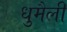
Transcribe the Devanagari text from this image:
धुमैली